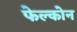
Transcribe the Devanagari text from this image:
फेल्कोन